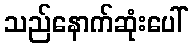
သည်နောက်ဆုံးပေါ်